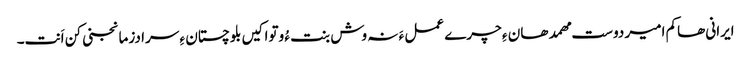
ایرانی ھاکم امیر دوست مھمد ھان ءِ چرے عمل ءَ نہ وش بنت ءُ وتواکیں بلوچستان ءِ سرا دزمانجنی کن اَنت۔